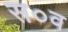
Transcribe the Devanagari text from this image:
स०व